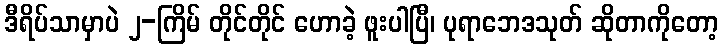
ဒီရိပ်သာမှာပဲ ၂-ကြိမ် တိုင်တိုင် ဟောခဲ့ ဖူးပါပြီ၊ ပုရာဘေဒသုတ် ဆိုတာကိုတော့